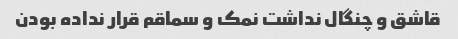
قاشق و چنگال نداشت نمک و سماقم قرار نداده بودن